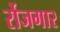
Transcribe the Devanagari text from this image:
र्रोजगार